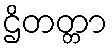
ဌိတတ္တာ